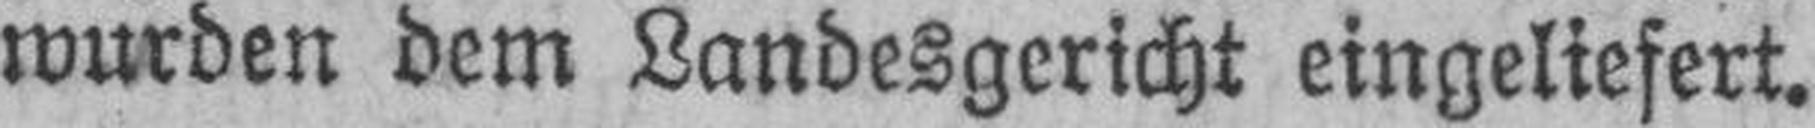
wurden dem Landesgericht eingeliefert.